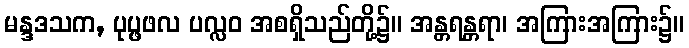
မန္ဒဒသက, ပုပ္ဖဖလ ပလ္လဝ အစရှိသည်တို့၌။ အန္တရန္တရာ၊ အကြားအကြား၌။